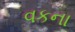
વકના